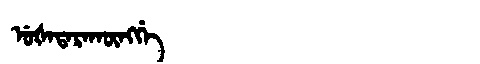
Manchu: ᡠᡧᠠᡨᠠᡵᠠᡴᡡᠩᡤᡝ
Romanization: UŠATARAKŪNGGE